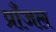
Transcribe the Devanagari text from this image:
प्राँजल